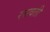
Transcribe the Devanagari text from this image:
रसवती